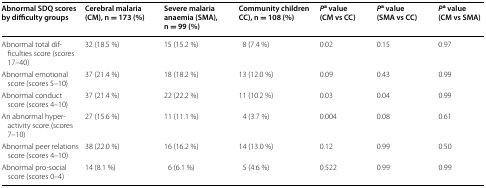
<table><thead><tr><td><b>Abnormal SDQ scores by difficulty groups</b></td><td><b>Cerebral malaria (CM), n = 173 (%)</b></td><td><b>Severe malaria anaemia (SMA), n = 99 (%)</b></td><td><b>Community children CC), n = 108 (%)</b></td><td><b><i>P</i><sup>a</sup> value (CM vs CC)</b></td><td><b><i>P</i><sup>a</sup> value (SMA vs CC)</b></td><td><b><i>P</i><sup>a</sup> value (CM vs SMA)</b></td></tr></thead><tbody><tr><td>Abnormal total difficulties score (scores 17–40)</td><td>32 (18.5 %)</td><td>15 (15.2 %)</td><td>8 (7.4 %)</td><td>0.02</td><td>0.15</td><td>0.97</td></tr><tr><td>Abnormal emotional score (scores 5–10)</td><td>37 (21.4 %)</td><td>18 (18.2 %)</td><td>13 (12.0 %)</td><td>0.09</td><td>0.43</td><td>0.99</td></tr><tr><td>Abnormal conduct score (scores 4–10)</td><td>37 (21.4 %)</td><td>22 (22.2 %)</td><td>11 (10.2 %)</td><td>0.03</td><td>0.04</td><td>0.99</td></tr><tr><td>An abnormal hyperactivity score (scores 7–10)</td><td>27 (15.6 %)</td><td>11 (11.1 %)</td><td>4 (3.7 %)</td><td>0.004</td><td>0.08</td><td>0.61</td></tr><tr><td>Abnormal peer relations score (scores 4–10)</td><td>38 (22.0 %)</td><td>16 (16.2 %)</td><td>14 (13.0 %)</td><td>0.12</td><td>0.99</td><td>0.50</td></tr><tr><td>Abnormal pro-social score (scores 0–4)</td><td>14 (8.1 %)</td><td>6 (6.1 %)</td><td>5 (4.6 %)</td><td>0.522</td><td>0.99</td><td>0.99</td></tr></tbody></table>